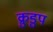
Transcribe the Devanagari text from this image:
क्रुडुप